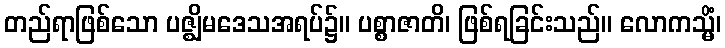
တည်ရာဖြစ်သော ပဇ္ဈိမဒေသအရပ်၌။ ပစ္စာဇာတိ၊ ဖြစ်ရခြင်းသည်။ လောကသ္မိံ၊